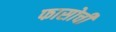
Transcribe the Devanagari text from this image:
फासोची